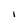
Character: I